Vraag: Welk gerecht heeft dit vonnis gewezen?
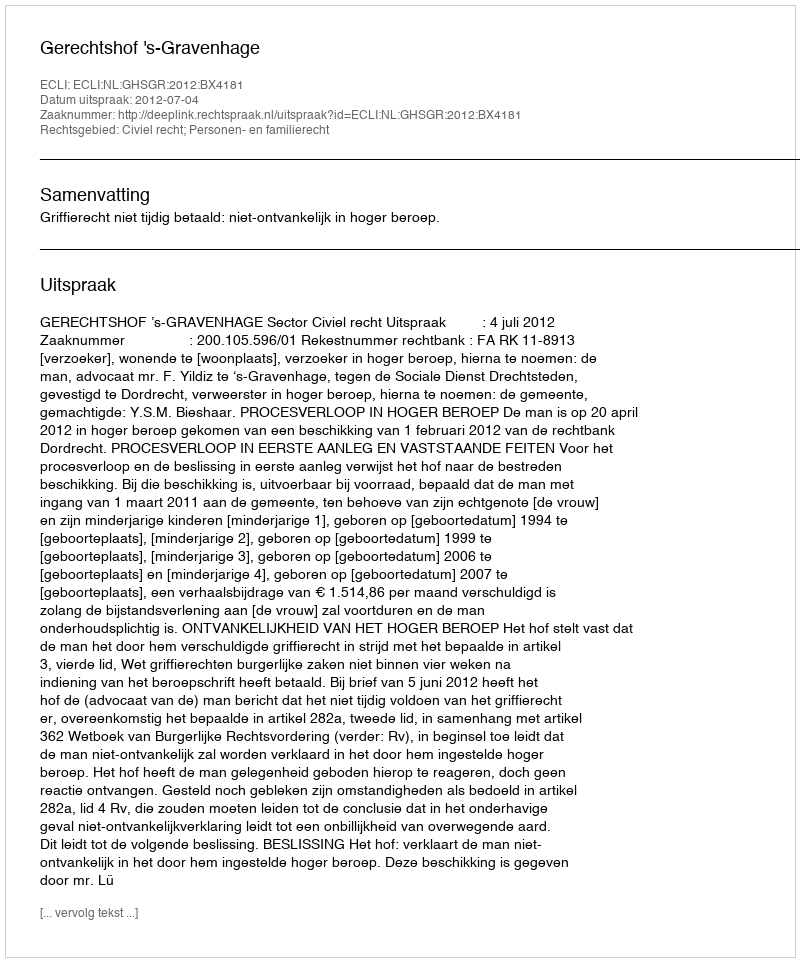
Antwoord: Gerechtshof 's-Gravenhage